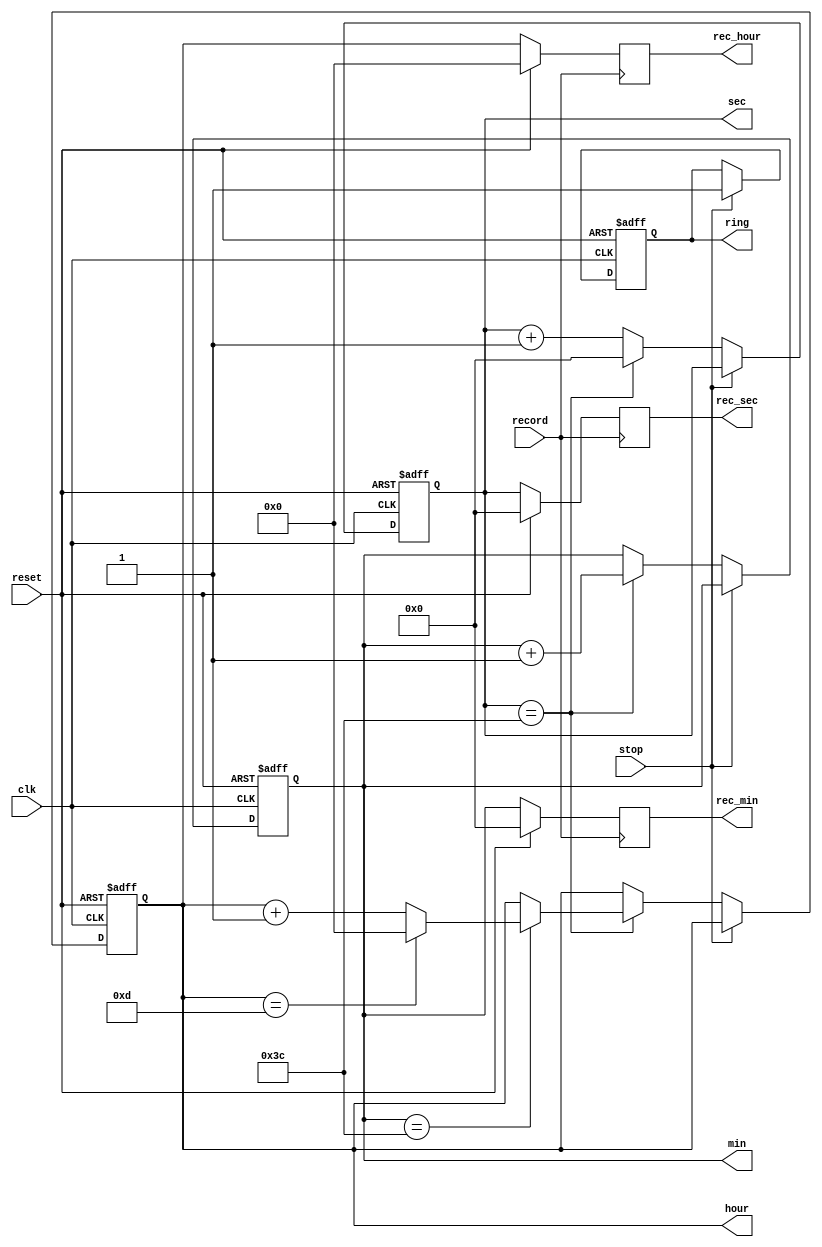
`timescale 1ns / 1ps
//////////////////////////////////////////////////////////////////////////////////
// Company: 
// Engineer: 
// 
// Design Name: 
// Module Name:    stopwatch3 
// Project Name: 
// Target Devices: 
// Tool versions: 
// Description: 
//
// Dependencies: 
//
// Revision: 
// Revision 0.01 - File Created
// Additional Comments: 
//
//////////////////////////////////////////////////////////////////////////////////
module stopwatch3(
input	clk,
input reset,
input stop,
input record,
output reg ring,
output reg [6:0] sec,
output reg [6:0] min,
output reg [4:0] hour,
output reg [6:0] rec_sec,
output reg [6:0] rec_min,
output reg [4:0] rec_hour
	 );
	 always @ (posedge clk or posedge reset)
		begin
			 if (reset==1)
				begin
					sec<=6'b000000;
					min<=6'b000000;
					hour<=4'b0000;
					ring<=0;
				end	
			 else
				 begin
						if( stop!=1 )
							begin
								sec<=sec+1;
								if (sec==60)
								begin
								min<=min+1;
								sec<=0;
								if (min==60)
									begin
									hour<=hour+1;
									if(hour==13)
										begin
										hour<=4'b0000;
										end
									end
								end
							end
						else
							begin
								ring<=1;
							end
				end
		end
		
		always @ (posedge record)
		begin
			if(reset)
			begin
				rec_sec<=0;
				rec_min<=0;
				rec_hour<=0;
			end
			else
				begin
					rec_sec<=sec;
					rec_min<=min;
					rec_hour<=hour;
				end
		end
endmodule